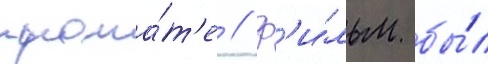
прока́т'е // Ф'и́льм бы́л